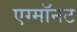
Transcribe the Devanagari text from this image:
एग्माॅनट